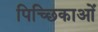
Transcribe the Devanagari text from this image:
पिच्छिकाओं